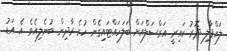
ލައްޕާލި ދޮރު ކައިރީ އަރްސަލްއަށް ބަލަހައްޓައިގެން ހުރެ ރާދިން ބުނެލިއެވެ. އެ އަޑު